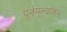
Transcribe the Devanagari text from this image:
पूर्नमूल्यांकन